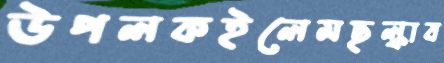
উপলকইলেমছল্‌কাব